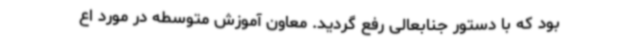
بود که با دستور جنابعالی رفع گردید. معاون آموزش متوسطه در مورد اع